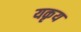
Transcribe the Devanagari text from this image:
यकृय